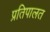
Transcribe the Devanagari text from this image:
प्रतिपालत